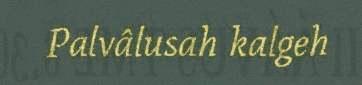
Palvâlusah kalgeh